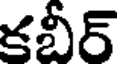
కబీర్